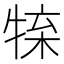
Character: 𤚊